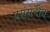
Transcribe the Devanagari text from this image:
प्रसंसनीय